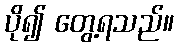
ပို၍ တွေ့ရသည်။